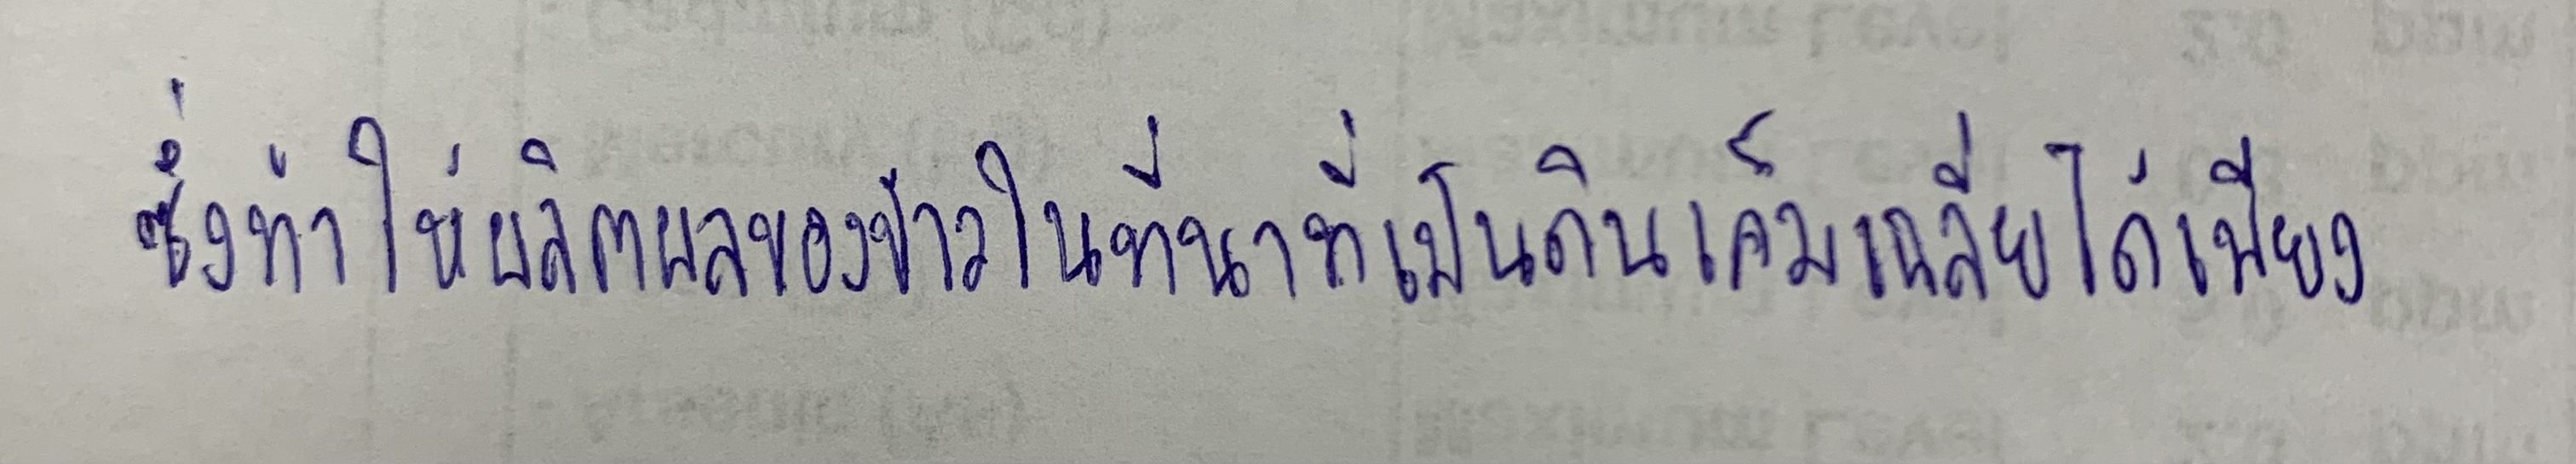
ซึ่งทำให้ผลิตผลของข้าวในที่นาที่เป็นดินเค็มเฉลี่ยได้เพียง